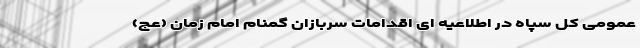
عمومی کل سپاه در اطلاعیه ای اقدامات سربازان گمنام امام زمان (عج)